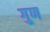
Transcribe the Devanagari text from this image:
गुण